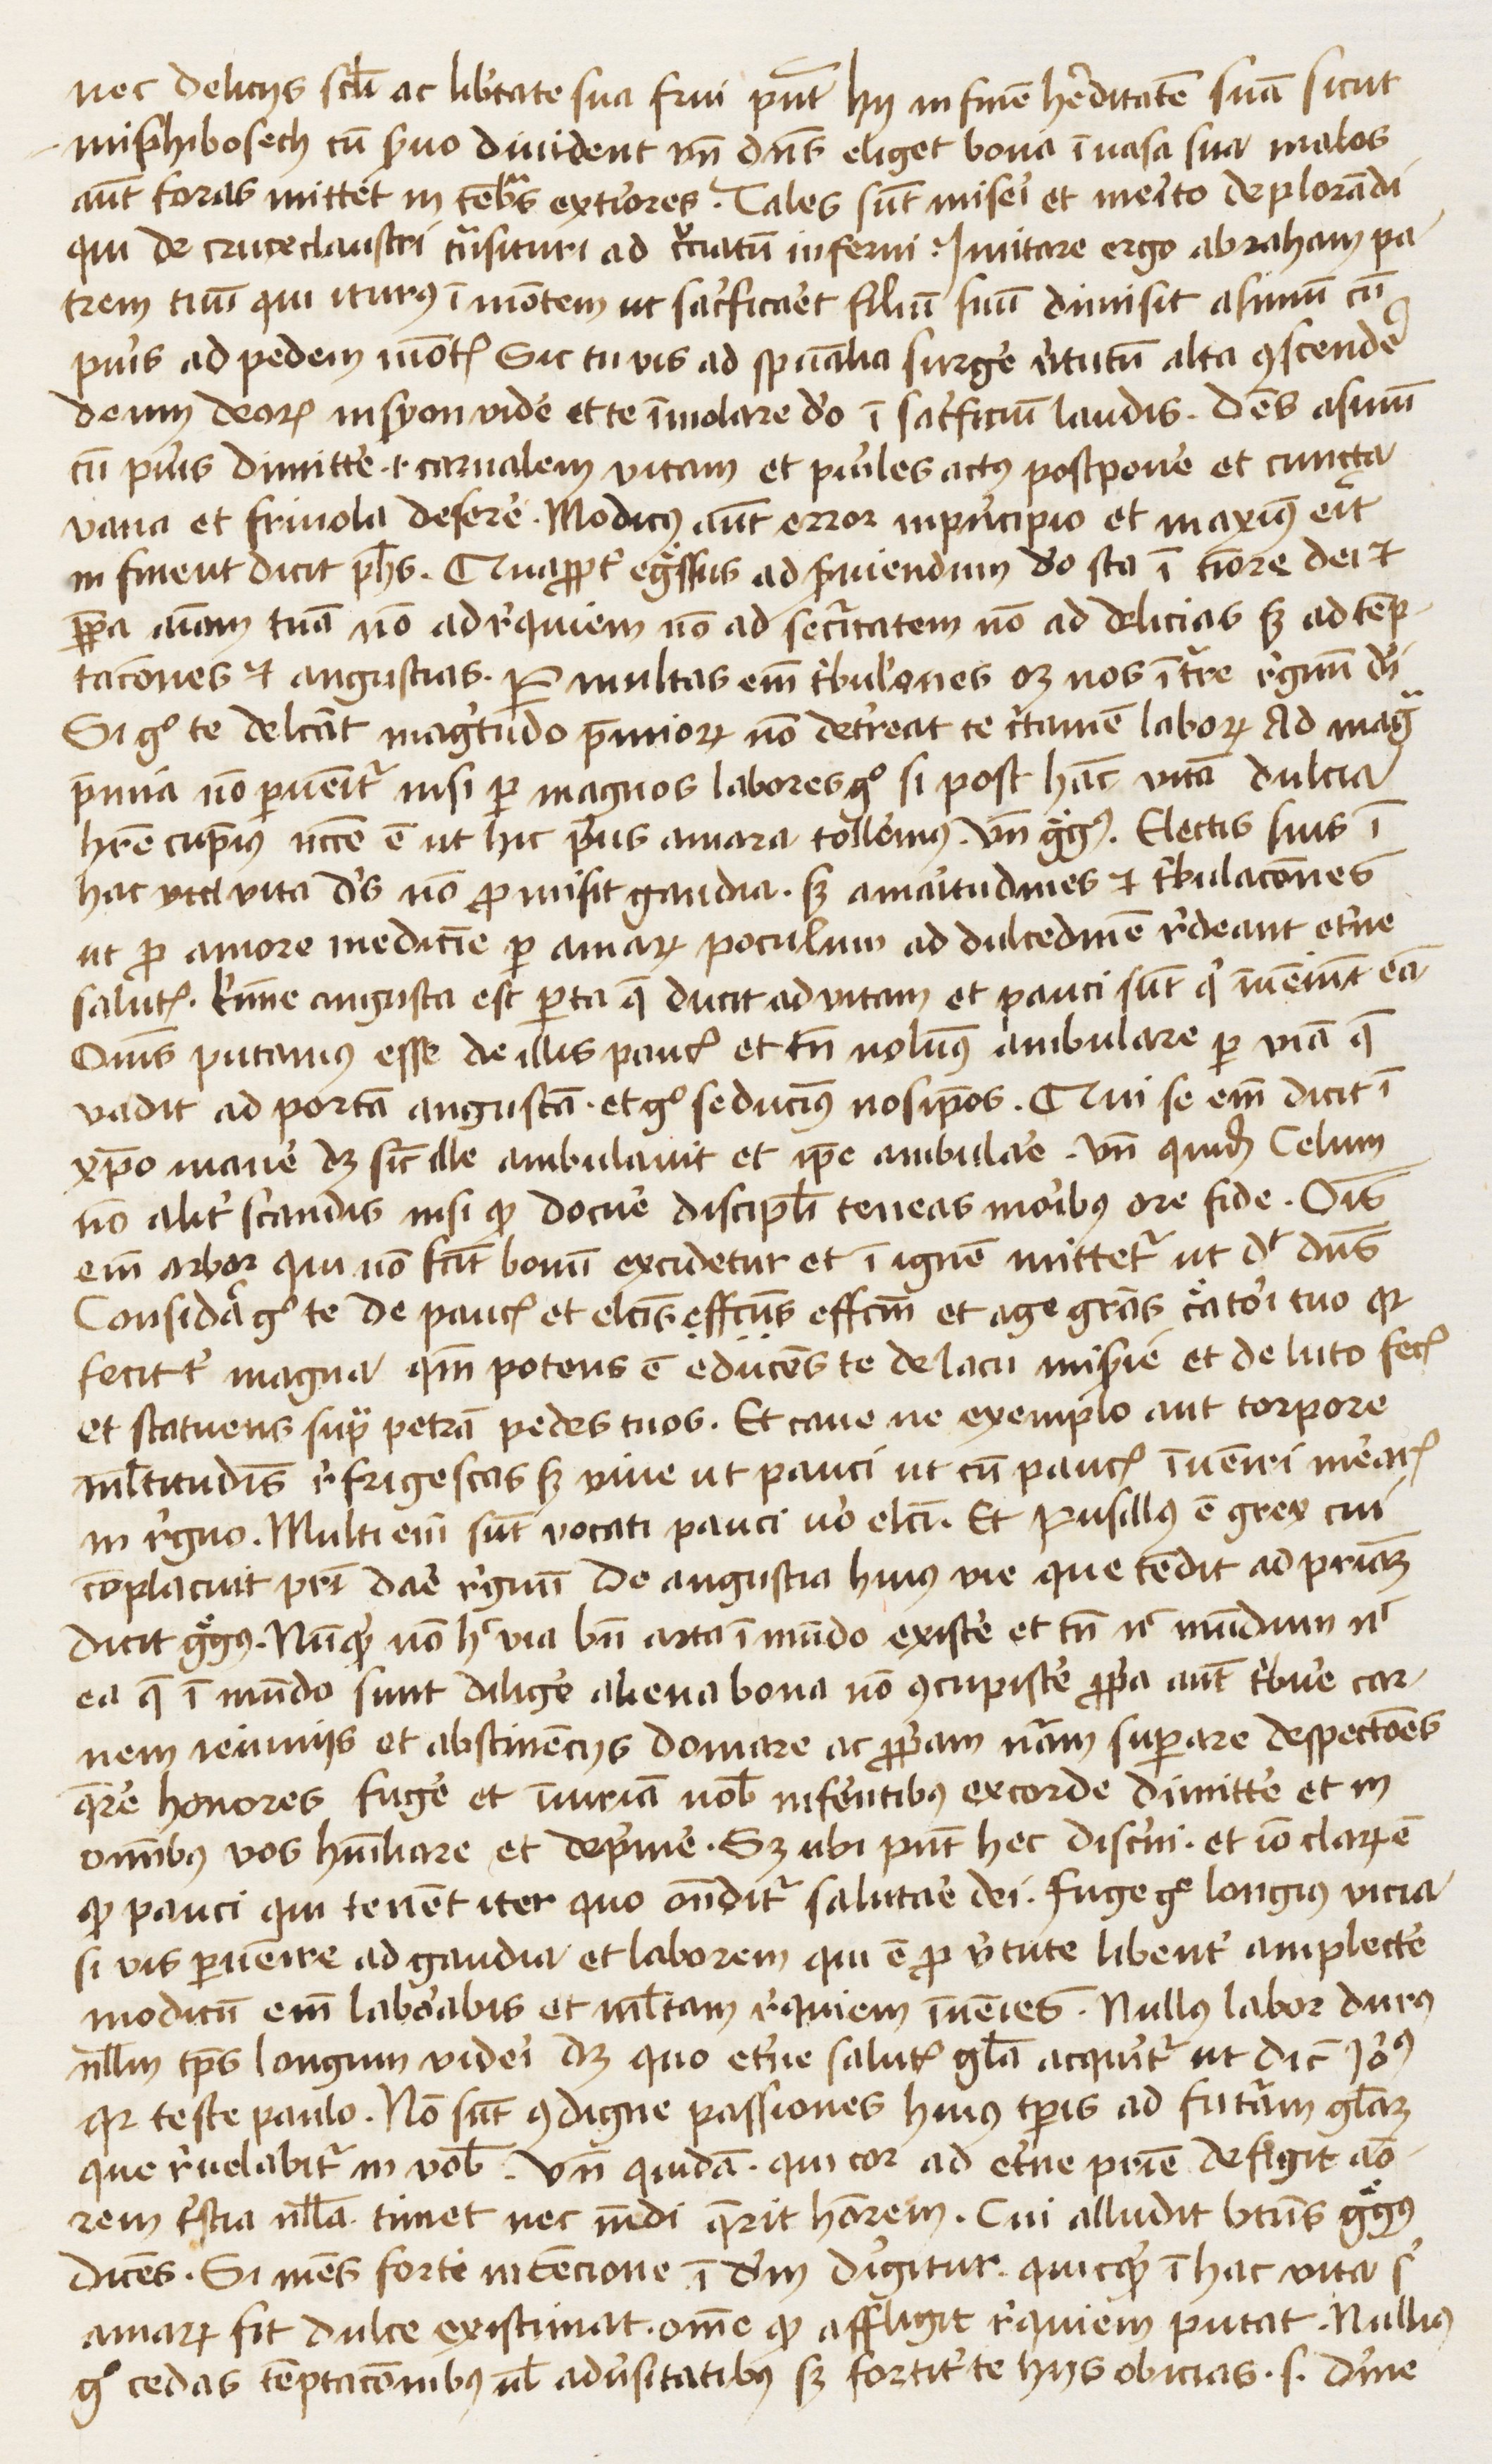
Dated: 1445–1474